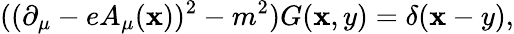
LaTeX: ((\partial_{\mu}-eA_{\mu}(\mathbf{x}))^{2}-m^{2})G(\mathbf{x},y)=\delta(\mathbf{x}-y),